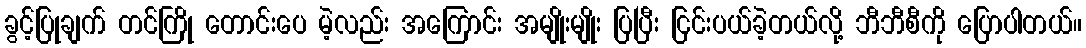
ခွင့်ပြုချက် တင်ကြို တောင်းပေ မဲ့လည်း အကြောင်း အမျိုးမျိုး ပြပြီး ငြင်းပယ်ခဲ့တယ်လို့ ဘီဘီစီကို ပြောပါတယ်။